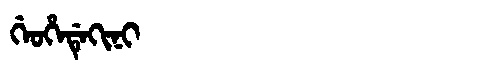
Manchu: ᡤᡝᠣᡥᡝᡩᡝᡴᡳᠨᡳ
Romanization: GEOHEDEKINI